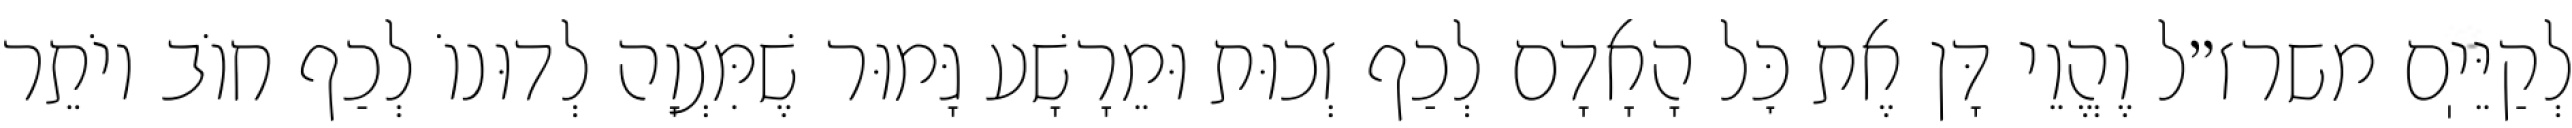
לְקַיֵּיֽם משרז״ל וֶהֱוֵי דָּן אֶת כׇּל הָאָדָם לְכַף זְכוּת וּמֵרָשָׁע גָּמוּר שֶׁמִּצְוָה לְדוּנוֹ לְכַף חוֹב יוֹתֵר